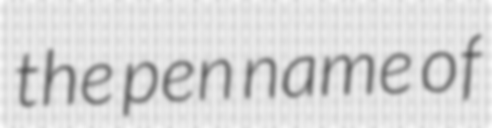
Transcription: the pen name of